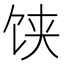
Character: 𩠃